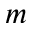
m